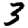
Digit: 3